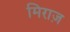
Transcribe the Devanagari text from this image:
मिराज़